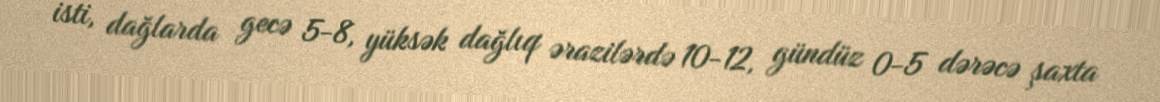
isti, dağlarda gecə 5-8, yüksək dağlıq ərazilərdə 10-12, gündüz 0-5 dərəcə şaxta